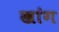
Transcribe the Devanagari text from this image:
खांग